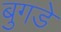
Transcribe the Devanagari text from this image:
बुगडे